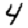
Digit: 4